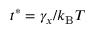
t ^ { * } = \gamma _ { x } / k _ { \mathrm { B } } T